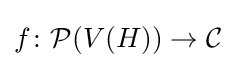
f\colon {\mathcal {P}}(V(H))\rightarrow {\mathcal {C}}